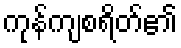
ကုန်ကျစရိတ်၏